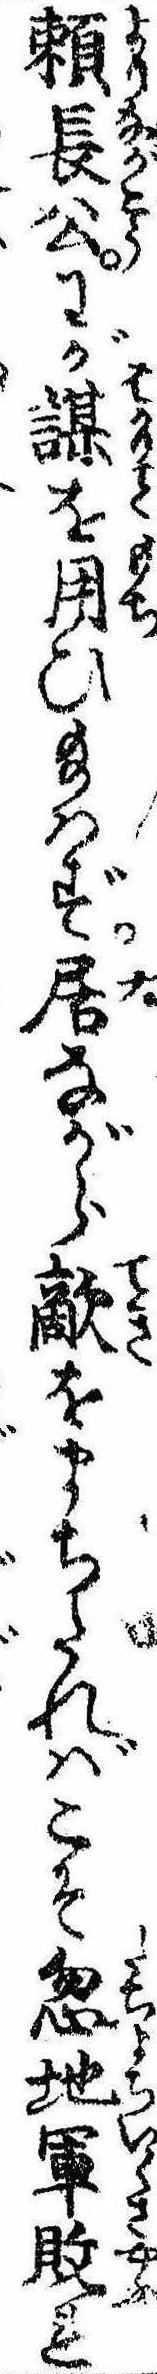
頼長公わが謀を用ひ給はず居ながら敵をまちたればこそ忽地軍敗れ